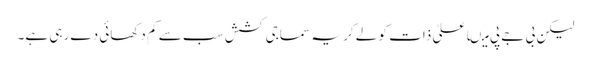
لیکن بی جے پی میںاعلیٰ ذات کو لے کر یہ سماجی کشش سب سے کم دکھائی دے رہی ہے۔